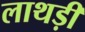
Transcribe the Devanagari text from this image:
लाथड़ी